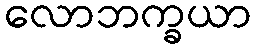
လောဘက္ခယာ